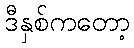
ဒီနှစ်ကတော့